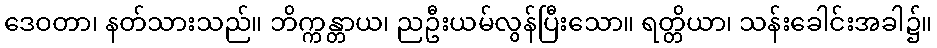
ဒေဝတာ၊ နတ်သားသည်။ ဘိက္ကန္တာယ၊ ညဦးယမ်လွန်ပြီးသော။ ရတ္တိယာ၊ သန်းခေါင်းအခါ၌။